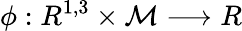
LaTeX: \phi:R^{1,3}\times{\cal M}\longrightarrow R